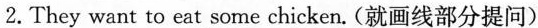
2.They want to eat \underline{some chicken}. (就画线部分提问)